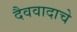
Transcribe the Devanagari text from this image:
दैववादाचे